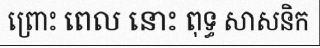
ព្រោះ ពេល នោះ ពុទ្ធ សាសនិក